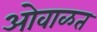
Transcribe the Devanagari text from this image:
ओवाळत